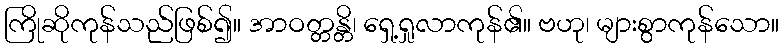
ကြိုဆိုကုန်သည်ဖြစ်၍။ အာဝတ္တန္တိ၊ ရှေ့ရှုလာကုန်၏။ ဗဟု၊ များစွာကုန်သော။